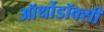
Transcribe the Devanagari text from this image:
ऑर्थोडॉक्सी